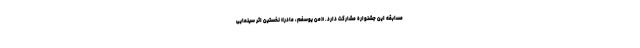
مسابقه این جشنواره مشارکت دارد. «من یوسفم، مادر» نخستین اثر سینمایی